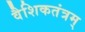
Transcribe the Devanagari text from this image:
वैशिकतंत्रम्